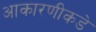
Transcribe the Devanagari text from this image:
आकारणीकडे